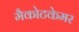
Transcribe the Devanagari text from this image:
मैकोटकेमर